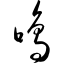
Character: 鸣